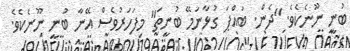
ބުނީ ނޫނެކެވެ. "ދެން. ބައްޕަ ގުޅާނަމޭ ބުނީތަ" މިފަހަރުވެސް އޭނާ ބުނީ ނޫނެކެވެ.